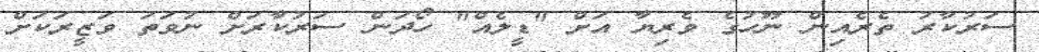
ސަރުކާރު ތެރެއިން ނޫހުގެ ވެރިޔާ އަށް "ޑީލެއް" ހޯދަން ސަރުކާރަށް ނުވަތަ ވަޒީރަކަށް